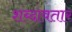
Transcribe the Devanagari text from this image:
शब्दावतार